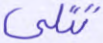
تتلى